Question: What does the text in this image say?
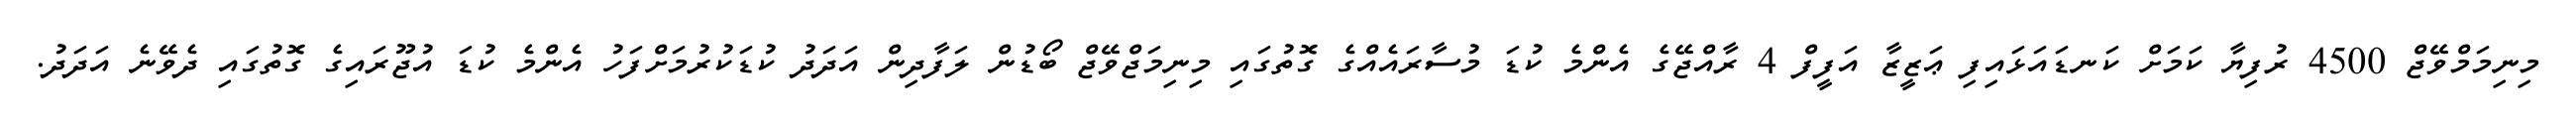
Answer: މިނިމަމްވޭޖް 4500 ރުފިޔާ ކަމަށް ކަނޑައަޅައިފި ޢަޒީޒާ އަފީފް 4 ރާއްޖޭގެ އެންމެ ކުޑަ މުސާރައެއްގެ ގޮތުގައި މިނިމަޖްވޭޖް ބޯޑުން ލަފާދިން އަދަދު ކުޑަކުރުމަށްފަހު އެންމެ ކުޑަ އުޖޫރައިގެ ގޮތުގައި ދެވޭނެ އަދަދު.